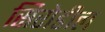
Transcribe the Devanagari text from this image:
सिरोडील